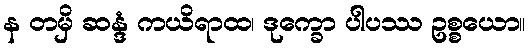
န တမှိ ဆန္ဒံ ကယိရာထ၊ ဒုက္ခော ပါပဿ ဥစ္စယော။